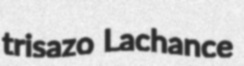
trisazo Lachance